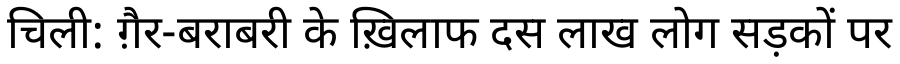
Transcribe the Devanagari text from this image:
चिली: ग़ैर-बराबरी के ख़िलाफ दस लाख लोग सड़कों पर